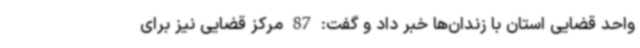
واحد قضایی استان با زندان‌ها خبر داد و گفت: 87 مرکز قضایی نیز برای